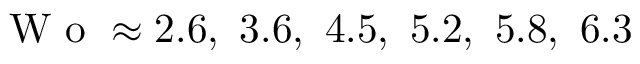
\textrm { W o } \approx 2 . 6 , \ 3 . 6 , \ 4 . 5 , \ 5 . 2 , \ 5 . 8 , \ 6 . 3